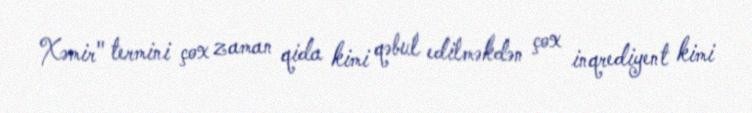
Xəmir" termini çox zaman qida kimi qəbul edilməkdən çox inqrediyent kimi